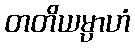
တတိယမ္ပာဟံ